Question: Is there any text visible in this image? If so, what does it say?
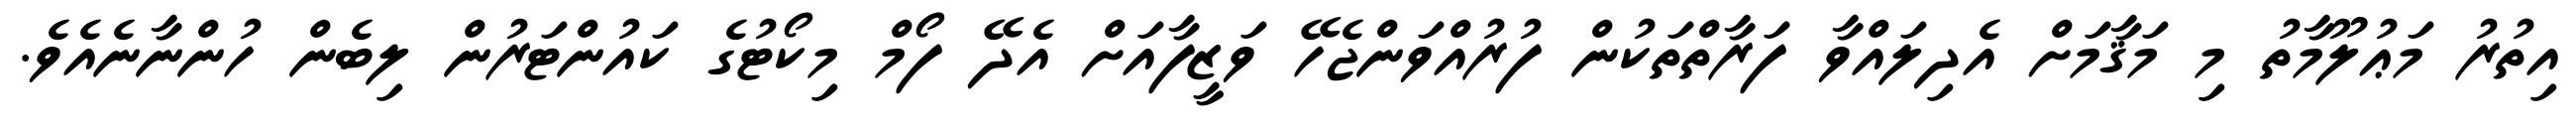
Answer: އިތުރު މަޢުލޫމާތު މި މަޤާމަށް އެދިލައްވާ ފަރާތްތަކުން ފުރުއްވަންޖެހޭ ވަޒީފާއަށް އެދޭ ފޯމް މިކޯޓުގެ ކައުންޓަރުން ލިބެން ހުންނާނެއެވެ.